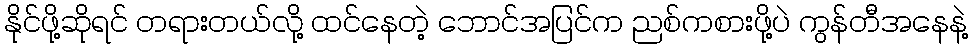
နိုင်ဖို့ဆိုရင် တရားတယ်လို့ ထင်နေတဲ့ ဘောင်အပြင်က ညစ်ကစားဖို့ပဲ ကွန်တီအနေနဲ့